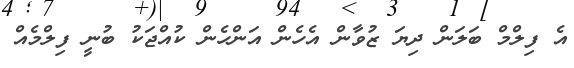
އެ ފިލްމް ބަލަން ދިޔަ ޒުވާން އެހެން އަންހެން ކުއްޖަކު ބުނީ ފިލްމެއް